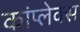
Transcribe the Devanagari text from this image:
कांप्लेक्स